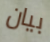
بيان